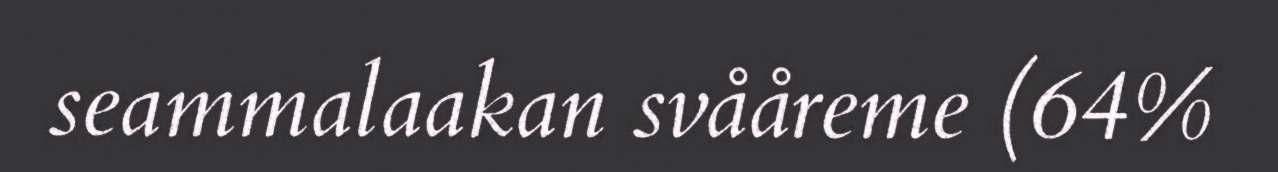
seammalaakan svååreme (64%